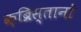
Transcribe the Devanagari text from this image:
क़ब्रिस्तानों